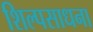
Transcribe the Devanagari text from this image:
शिल्पसाधना